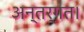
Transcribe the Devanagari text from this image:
अन्तर्गत।